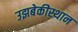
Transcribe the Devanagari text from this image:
उझबेकीस्थान